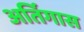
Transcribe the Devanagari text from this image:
अर्तिगास